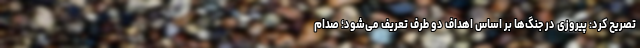
تصریح کرد: پیروزی در جنگ‌ها بر اساس اهداف دو طرف تعریف می‌شود؛ صدام